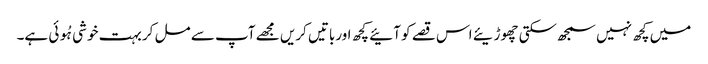
میں کچھ نہیں سمجھ سکتی چھوڑیئے اس قصے کو آئیے کچھ اورباتیں کریں مجھے آپ سے مل کر بہت خوشی ہُوئی ہے۔